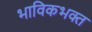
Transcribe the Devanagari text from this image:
भाविकभक्त